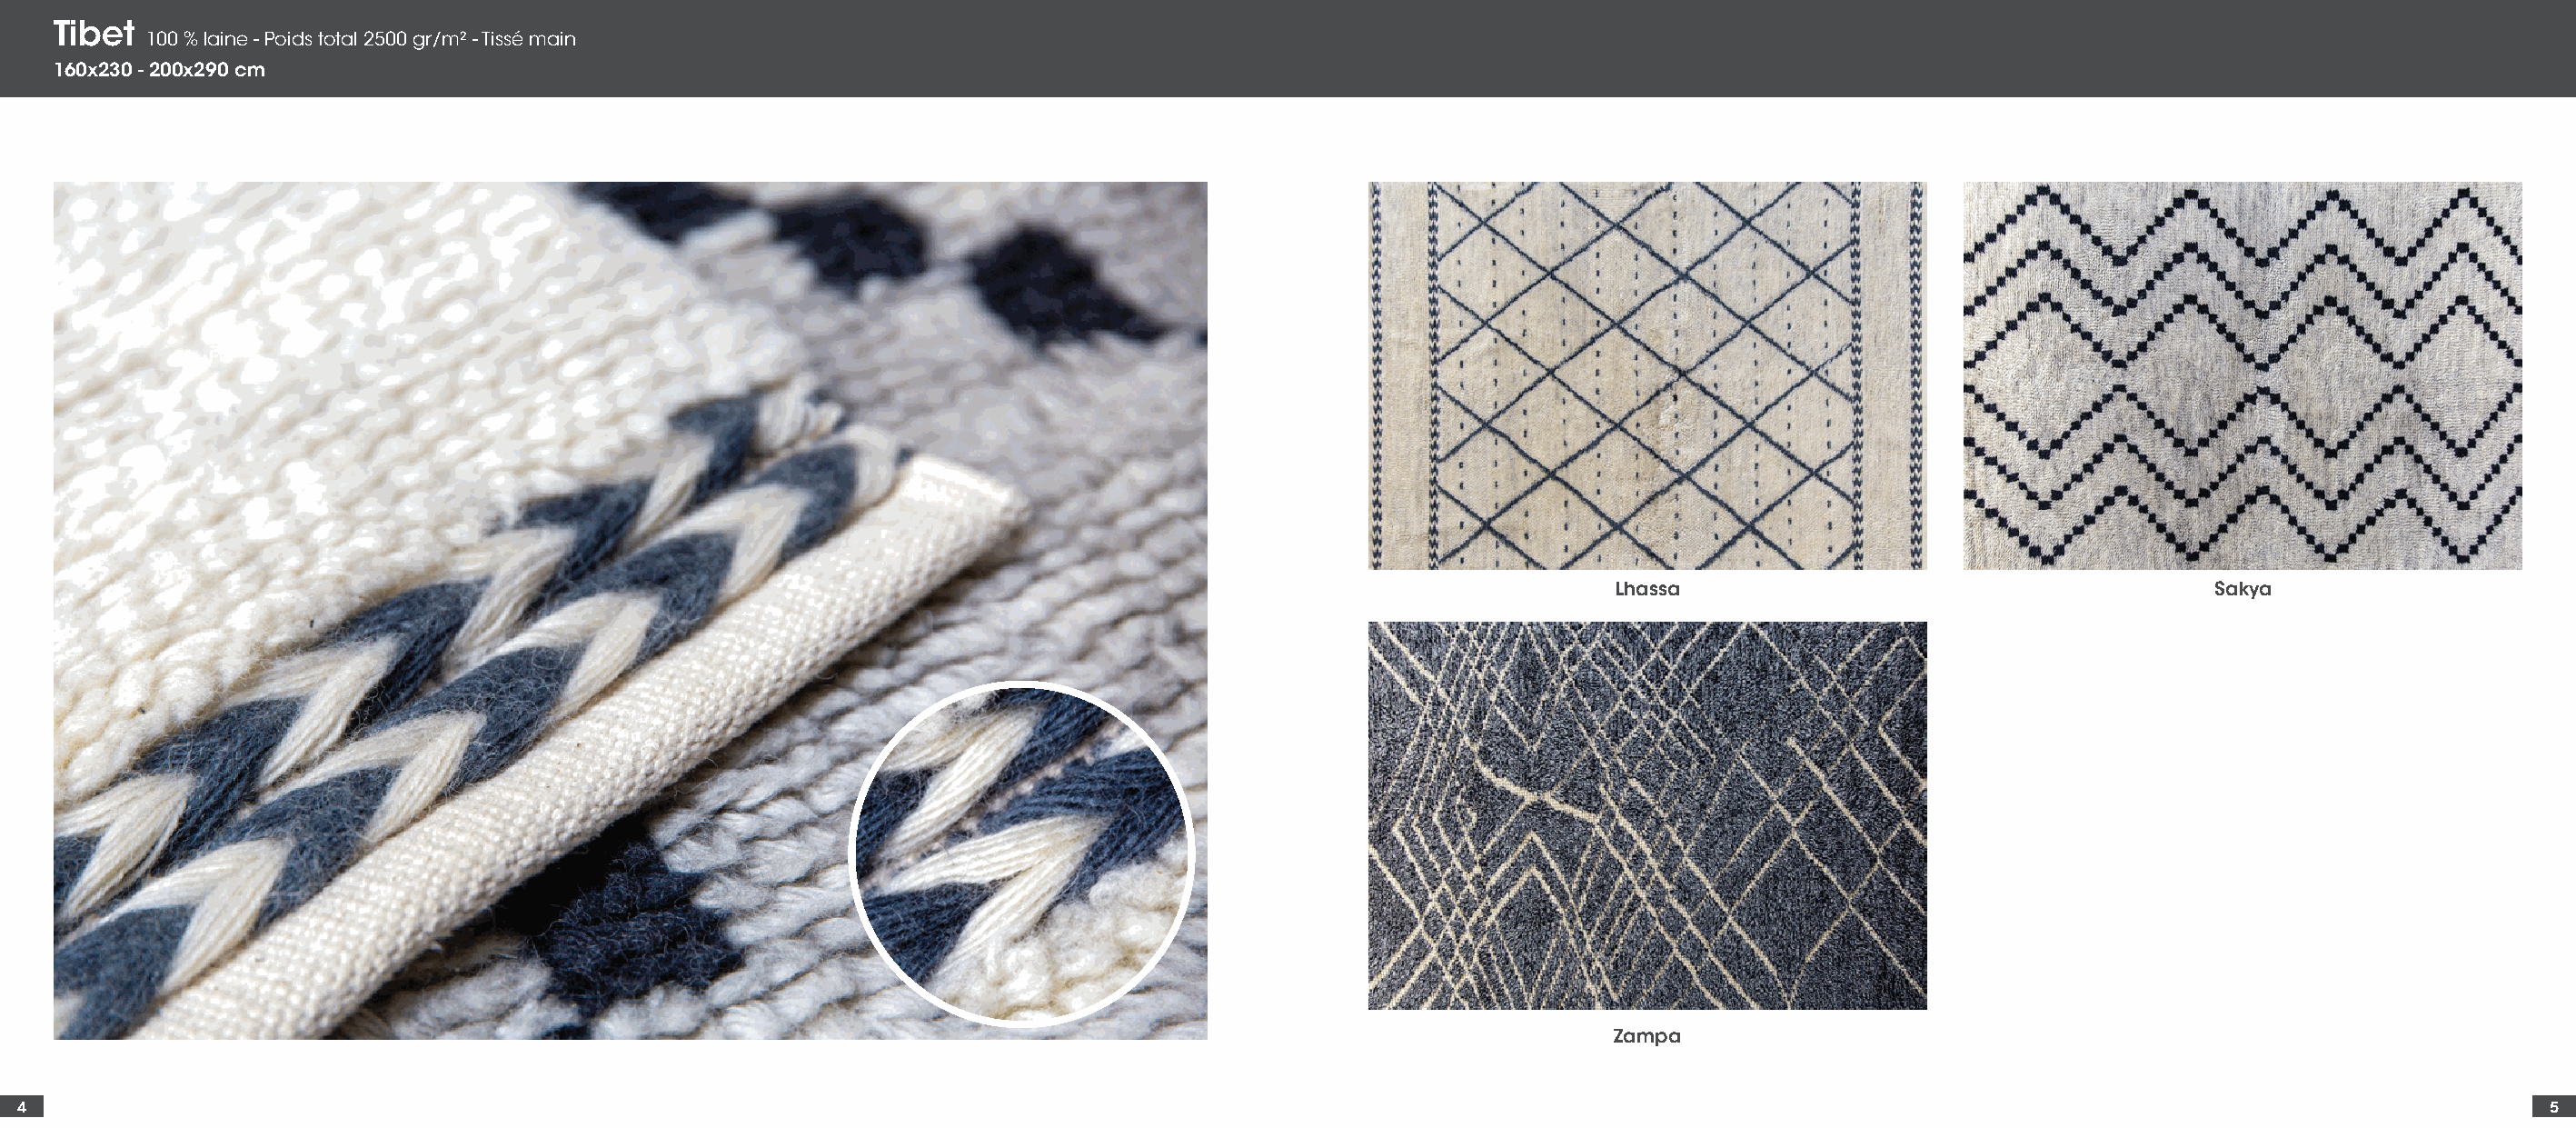
Tibet
 100 % laine - Poids total 2500 gr/m² - Tissé main
 160x230 - 200x290 cm
 Lhassa                                     Sakya
 Zampa
 4                                                                                                                                                                                        5